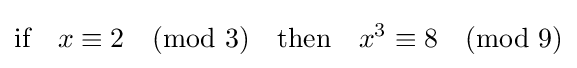
{\text{if}}\quad x\equiv 2{\pmod {3}}\quad {\text{then}}\quad x^{3}\equiv 8{\pmod {9}}